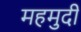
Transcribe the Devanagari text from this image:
महमुदी